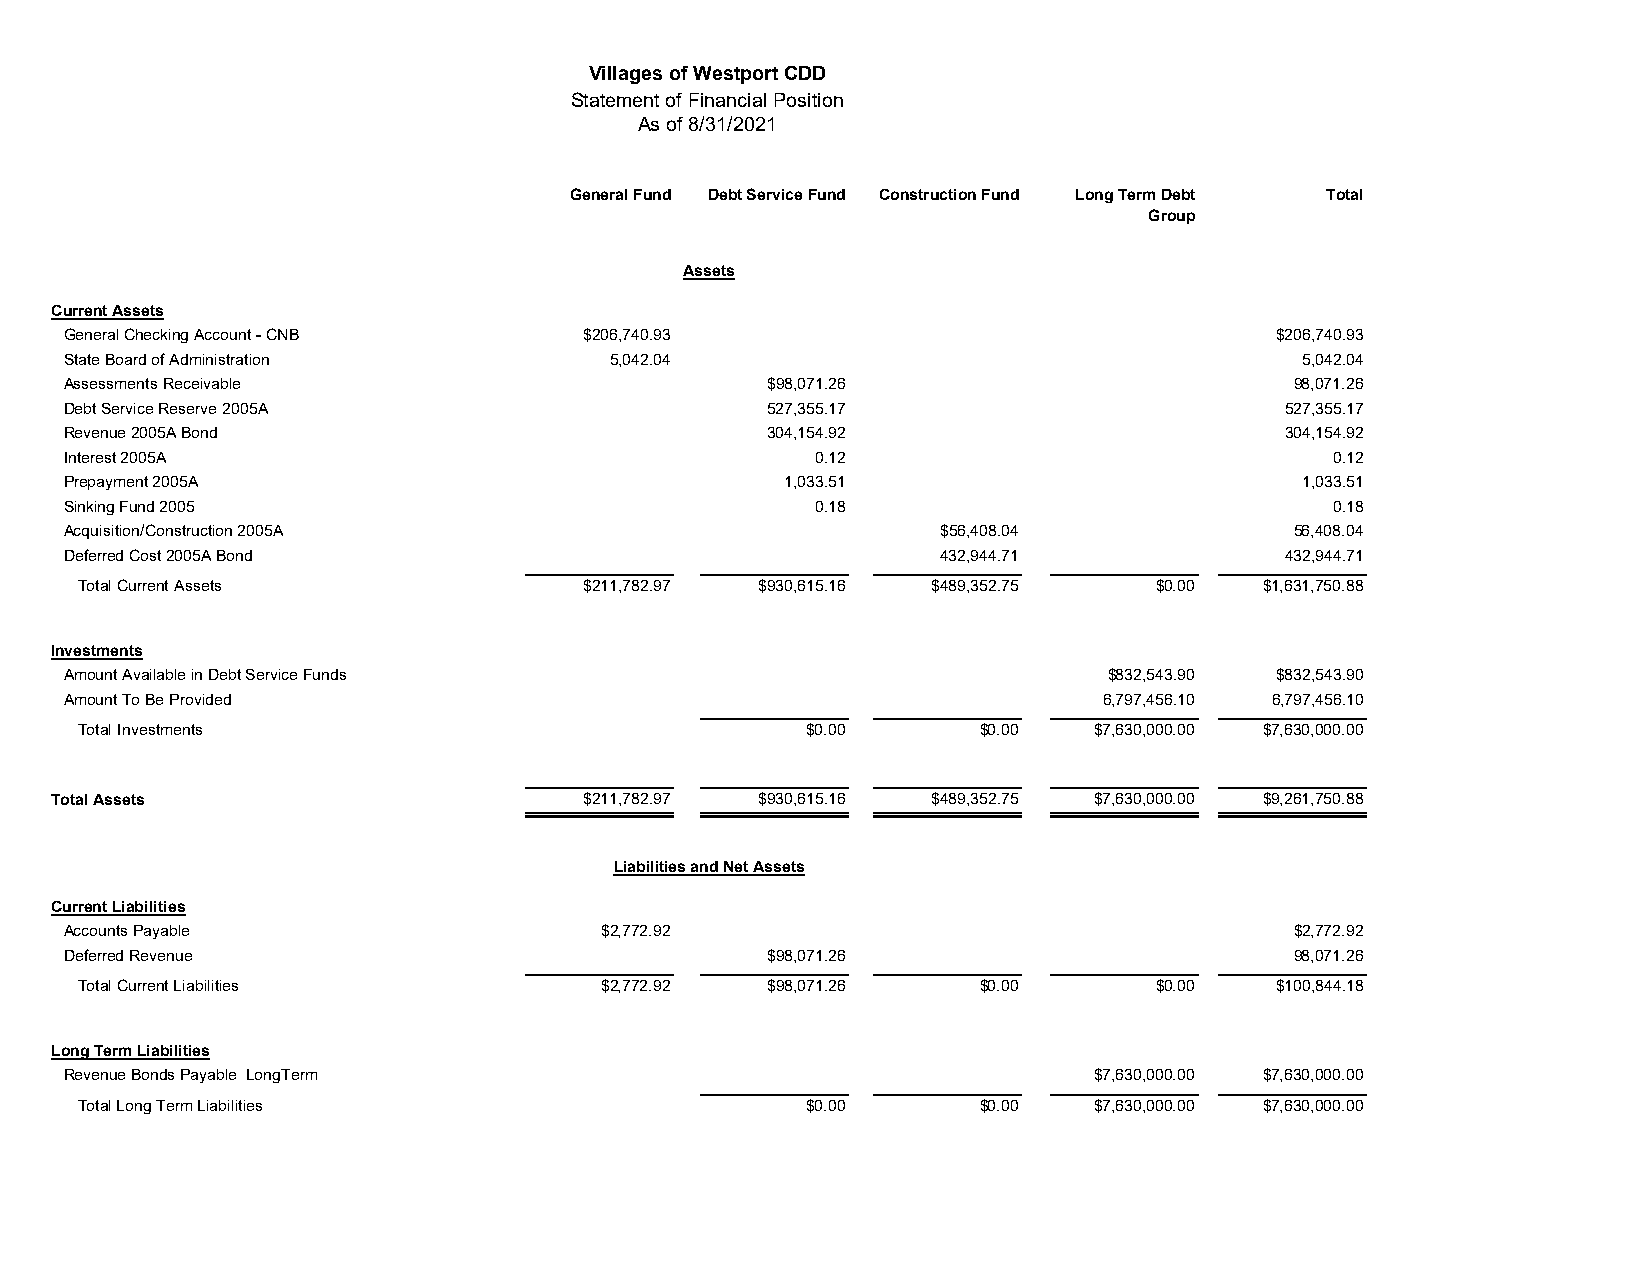
Villages of Westport CDD
 Statement of Financial Position
 As of 8/31/2021
 General Fund Debt Service Fund Construction Fund Long Term Debt Total
 Group
 Assets
 Current Assets
 General Checking Account - CNB    $206,740.93                                   $206,740.93
 State Board of Administration       5,042.04                                      5,042.04
 Assessments Receivable                        $98,071.26                         98,071.26
 Debt Service Reserve 2005A                    527,355.17                         527,355.17
 Revenue 2005A Bond                            304,154.92                         304,154.92
 Interest 2005A                                    0.12                              0.12
 Prepayment 2005A                                1,033.51                          1,033.51
 Sinking Fund 2005                                 0.18                              0.18
 Acquisition/Construction 2005A                            $56,408.04             56,408.04
 Deferred Cost 2005A Bond                                  432,944.71             432,944.71
 Total Current Assets             $211,782.97 $930,615.16 $489,352.75   $0.00  $1,631,750.88
 Investments
 Amount Available in Debt Service Funds                               $832,543.90 $832,543.90
 Amount To Be Provided                                                6,797,456.10 6,797,456.10
 Total Investments                               $0.00       $0.00  $7,630,000.00 $7,630,000.00
 Total Assets                       $211,782.97 $930,615.16 $489,352.75 $7,630,000.00 $9,261,750.88
 Liabilities and Net Assets
 Current Liabilities
 Accounts Payable                   $2,772.92                                     $2,772.92
 Deferred Revenue                              $98,071.26                         98,071.26
 Total Current Liabilities         $2,772.92  $98,071.26     $0.00      $0.00   $100,844.18
 Long Term Liabilities
 Revenue Bonds Payable LongTerm                                      $7,630,000.00 $7,630,000.00
 Total Long Term Liabilities                     $0.00       $0.00  $7,630,000.00 $7,630,000.00